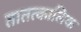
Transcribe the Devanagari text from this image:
तातत्कालिक